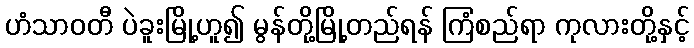
ဟံသာဝတီ ပဲခူးမြို့ဟူ၍ မွန်တို့မြို့တည်ရန် ကြံစည်ရာ ကုလားတို့နှင့်